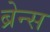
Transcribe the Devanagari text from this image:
ब्रेन्स